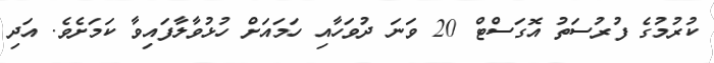
ކުރުމުގެ ފުރުސަތު އޮގަސްޓް 20 ވަނަ ދުވަހާއި ހަމައަށް ހުޅުވާލާފައިވާ ކަމަށެވެ. އަދި